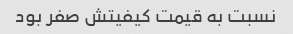
نسبت به قیمت کیفیتش صفر بود